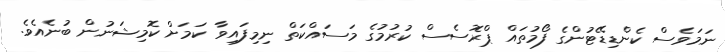
ނަމަވެސް ކެންޑިޑޭޓުންގެ ފޯމުތައް ޕްރޮސެސް ކުރުމުގެ މަސައްކަތް ނިމިފައިވާ ކަމަށް ކޮމިޝަނުން ބުނެއެވެ.